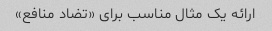
ارائه یک مثال مناسب برای «تضاد منافع»